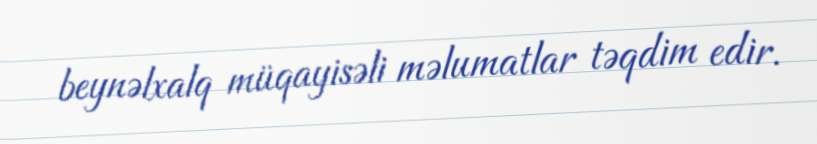
beynəlxalq müqayisəli məlumatlar təqdim edir.